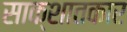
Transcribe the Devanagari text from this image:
साक्शातकार